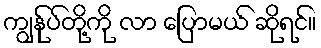
ကျွန်ုပ်တို့ကို လာ ပြောမယ် ဆိုရင်။